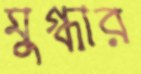
মুগ্ধার